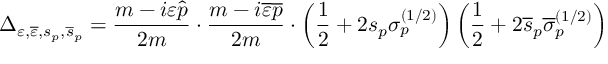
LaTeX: \Delta _ { \varepsilon , \overline { { { \varepsilon } } } , s _ { p } , \overline { { { s } } } _ { p } } = \frac { m - i \varepsilon \widehat { p } } { 2 m } \cdot \frac { m - i \overline { { { \varepsilon } } } \overline { { { p } } } } { 2 m } \cdot \left( \frac 1 2 + 2 s _ { p } \sigma _ { p } ^ { ( 1 / 2 ) } \right) \left( \frac 1 2 + 2 \overline { { { s } } } _ { p } \overline { { { \sigma } } } _ { p } ^ { ( 1 / 2 ) } \right)